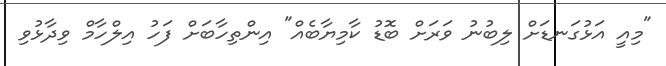
"މިއީ އަޅުގަނޑަށް ލިބުނު ވަރަށް ބޮޑު ކާމިޔާބެއް" އިންތިހާބަށް ފަހު އިލްހާމް ވިދާޅުވި